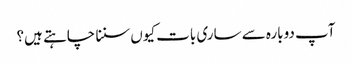
‏ آپ دوبارہ سے ساری بات کیوں سننا چاہتے ہیں؟